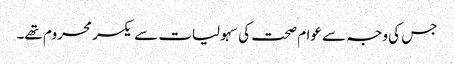
جس کی وجہ سے عوام صحت کی سہولیات سے یکسر محروم تھے۔